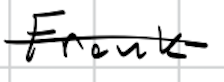
Text: Frank
Cross-out: single-line
Writing tool: digital_black